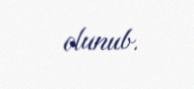
olunub.